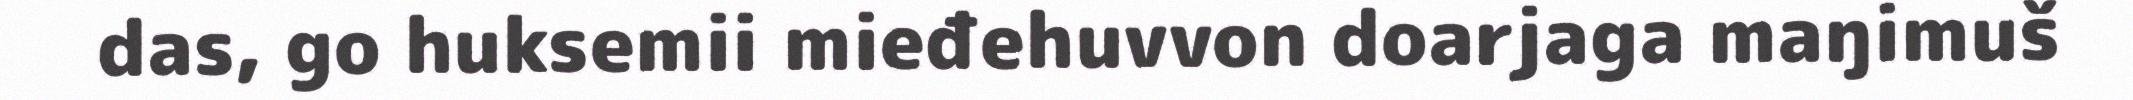
das, go huksemii mieđehuvvon doarjaga maŋimuš